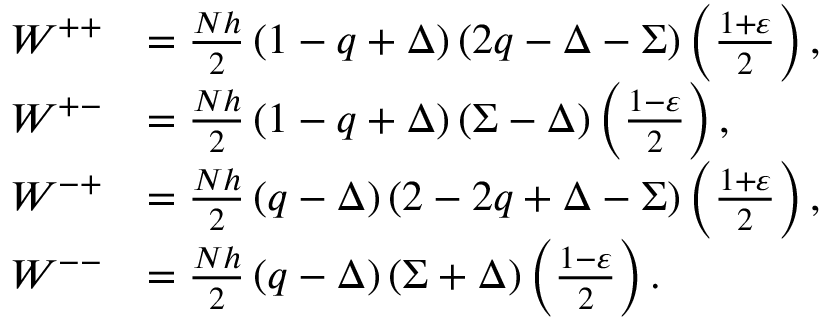
\begin{array} { r l } { W ^ { + + } } & { = \frac { N h } { 2 } \left( 1 - q + \Delta \right) ( 2 q - \Delta - \Sigma ) \left( \frac { 1 + \varepsilon } { 2 } \right) , } \\ { W ^ { + - } } & { = \frac { N h } { 2 } \left( 1 - q + \Delta \right) ( \Sigma - \Delta ) \left( \frac { 1 - \varepsilon } { 2 } \right) , } \\ { W ^ { - + } } & { = \frac { N h } { 2 } \left( q - \Delta \right) ( 2 - 2 q + \Delta - \Sigma ) \left( \frac { 1 + \varepsilon } { 2 } \right) , } \\ { W ^ { -- } } & { = \frac { N h } { 2 } \left( q - \Delta \right) ( \Sigma + \Delta ) \left( \frac { 1 - \varepsilon } { 2 } \right) . } \end{array}